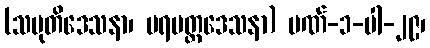
(သမုတိဒေသနာ၊ ပရမတ္တဒေသနာ) ပဏ်-၁-ပါ-၂၉၊